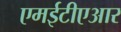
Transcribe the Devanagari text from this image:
एमईटीएआर